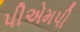
પીએમપી